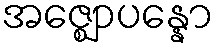
အဇ္ဈောပန္နော